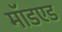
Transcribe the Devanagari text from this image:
मॉडएड